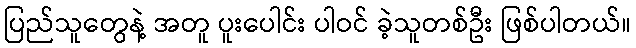
ပြည်သူတွေနဲ့ အတူ ပူးပေါင်း ပါဝင် ခဲ့သူတစ်ဦး ဖြစ်ပါတယ်။